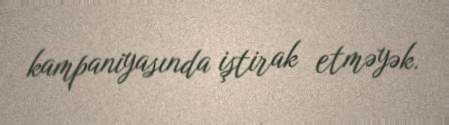
kampaniyasında iştirak etməyək.